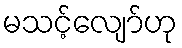
မသင့်လျော်ဟု